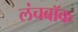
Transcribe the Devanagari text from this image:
लंचबॉक